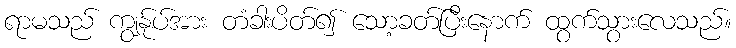
ရာမသည် ကျွန်ုပ်အား တံခါးပိတ်၍ သော့ခတ်ပြီးနောက် ထွက်သွားလေသည်။